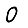
Digit: 0